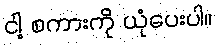
ငါ့ စကားကို ယုံပေးပါ။